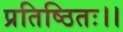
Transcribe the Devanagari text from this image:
प्रतिष्ठितः।।